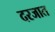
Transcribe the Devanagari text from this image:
दरजात